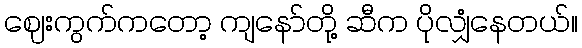
ဈေးကွက်ကတော့ ကျနော်တို့ ဆီက ပိုလျှံနေတယ်။